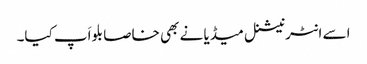
اسے انٹرنیشنل میڈیا نے بھی خاصا بلواَپ کیا۔